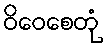
ဝိဝေစေတုံ